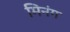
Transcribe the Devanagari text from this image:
मिनंग